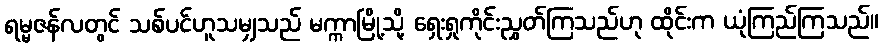
ရမ္မဇန်လတွင် သစ်ပင်ဟူသမျှသည် မက္ကာမြို့သို့ ရှေးရှုကိုင်းညွှတ်ကြသည်ဟု ထိုင်းက ယုံကြည်ကြသည်။